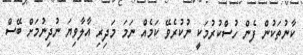
ކާނުތަކުން ފެން ހުސްކުރުމަކީ ނުކުރެވޭ ކަމެއް ނަމަ މަދިރި އާލާވިޔަ ނުދިނުމަށް ބޭސް